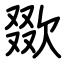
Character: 欼